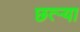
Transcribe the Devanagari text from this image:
छत्र्‍या